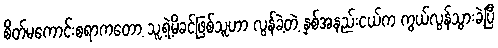
စိတ်မကောင်းစရာကတော့ သူ့ရဲ့မိခင်ဖြစ်သူဟာ လွန်ခဲ့တဲ့ နှစ်အနည်းငယ်က ကွယ်လွန်သွားခဲ့ပြီ